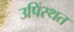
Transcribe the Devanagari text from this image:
उपिंस्थत